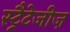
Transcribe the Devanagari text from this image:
स्ट्रैटेजीज़